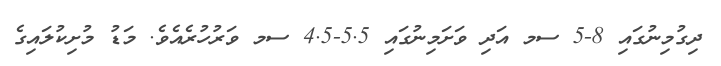
ދިގުމިނުގައި 8-5 ސމ އަދި ވަށަމިނުގައި 5.5-4.5 ސމ ވަރުހުރެއެވެ. މަޑު މުށިކުލައިގެ